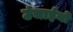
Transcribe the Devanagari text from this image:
उंचाईयों